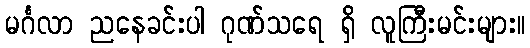
မင်္ဂလာ ညနေခင်းပါ ဂုဏ်သရေ ရှိ လူကြီးမင်းများ။